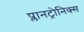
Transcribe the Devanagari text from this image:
प्लानट्रोनिक्स